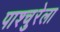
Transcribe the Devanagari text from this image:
पाश्चुरेला